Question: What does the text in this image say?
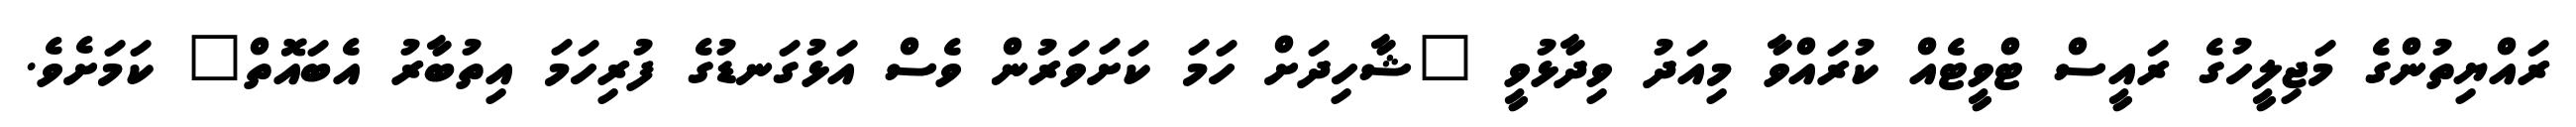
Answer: ރައްޔިތުންގެ މަޖިލީހުގެ ރައީސް ޓްވީޓެއް ކުރައްވާ މިއަދު ވިދާޅުވީ "ޝާހިދަށް ހަމަ ކަށަވަރުން ވެސް އަޅުގަނޑުގެ ފުރިހަމަ އިތުބާރު އެބައޮތް" ކަމަށެވެ.